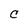
Character: C